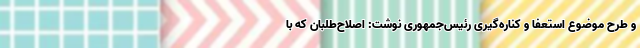
و طرح موضوع استعفا و کناره‌گیری رئیس‌جمهوری نوشت: اصلاح‌طلبان که با